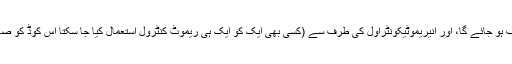
3 کودیکلیآرانگ کامیابی، ایل ای ڈی باککتوٹہی ستٹوسبیفاریٹہی پوویروفف ہو جائے گا، اور انیریموٹیکونٹراول کی طرف سے (کسی بھی ایک کو ایک ہی ریموٹ کنٹرول استعمال کیا جا سکتا اس کوڈ کو صاف کرنے کے لیے) اس وصول کرنے والوں کو کنٹرول کیا جاسکتا ہے ۔